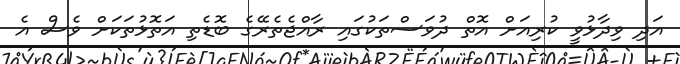
އަދި ވިދާޅުވީ ކުރިއަށް އޮތް ދުވަސްތަކުގައި ރާއްޖެތެރޭގެ ބޮޑެތި އަތޮޅުތަކަށް ވެސް އެ